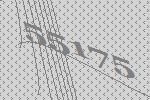
55175